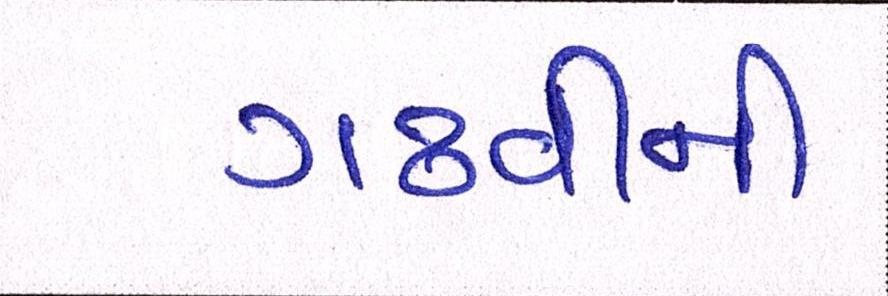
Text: ગઢવીની